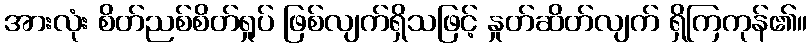
အားလုံး စိတ်ညစ်စိတ်ရှုပ် ဖြစ်လျက်ရှိသဖြင့် နှုတ်ဆိတ်လျက် ရှိကြကုန်၏။